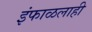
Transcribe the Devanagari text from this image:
इंफाळलाही